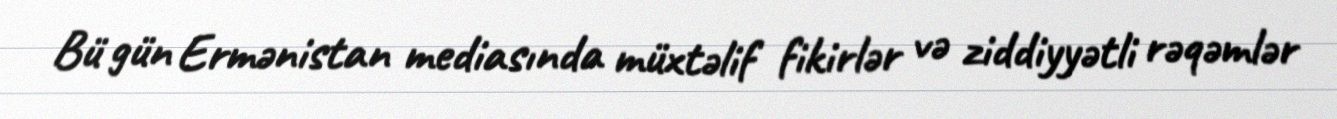
Bü gün Ermənistan mediasında müxtəlif fikirlər və ziddiyyətli rəqəmlər